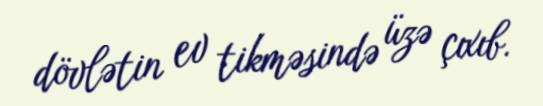
dövlətin ev tikməsində üzə çıxıb.